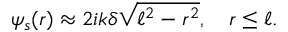
\psi _ { s } ( r ) \approx 2 i k \delta \sqrt { \ell ^ { 2 } - r ^ { 2 } } , \quad r \le \ell .